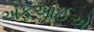
એફઆઈએ